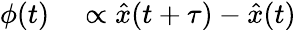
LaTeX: \begin{array}{rl}{\phi(t)}&{{}\propto\hat{x}(t+\tau)-\hat{x}(t)}\end{array}